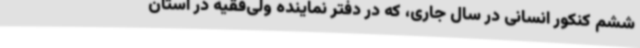
ششم کنکور انسانی در سال جاری، که در دفتر نماینده ولی‌فقیه در استان